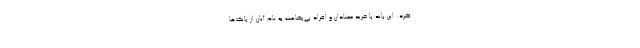
کرد: این باند با خرید معتادان و افراد بی‌بضاعت به نام آنان از بانک‌ها